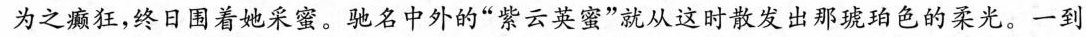
为之癫狂，终日围着她采蜜。驰名中外的”紫云英蜜”就从这时散发出那琥珀色的柔光。一到